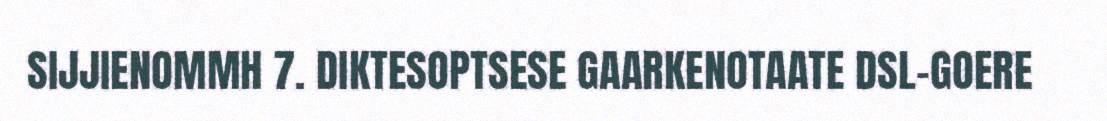
SIJJIENOMMH 7. DIKTESOPTSESE GAARKENOTAATE DSL-GOERE